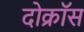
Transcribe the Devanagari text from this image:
दोक्रॉस